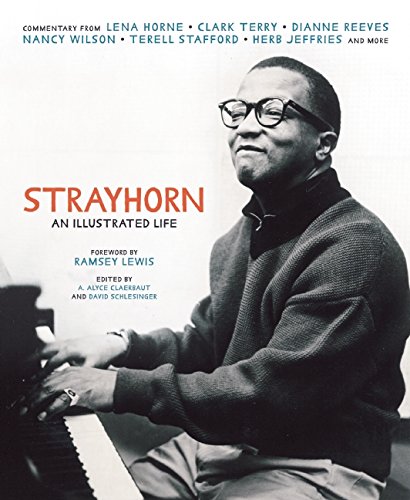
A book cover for Strayhorn: An Illustrated Life; Arts & Photography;